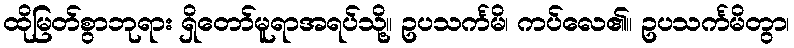
ထိုမြတ်စွာဘုရား ရှိတော်မူရာအရပ်သို့။ ဥပသင်္ကမိ၊ ကပ်လေ၏။ ဥပသင်္ကမိတွာ၊